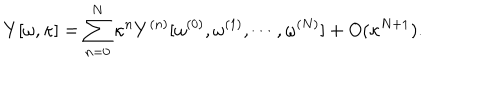
Y [ \omega , \kappa ] = \sum _ { n = 0 } ^ { N } \kappa ^ { n } Y ^ { ( n ) } [ \omega ^ { ( 0 ) } , \omega ^ { ( 1 ) } , \cdots , \omega ^ { ( N ) } ] + O ( \kappa ^ { N + 1 } ) .